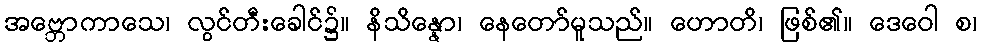
အဗ္ဘောကာသေ၊ လွင်တီးခေါင်၌။ နိသိန္နော၊ နေတော်မူသည်။ ဟောတိ၊ ဖြစ်၏။ ဒေဝေါ စ၊